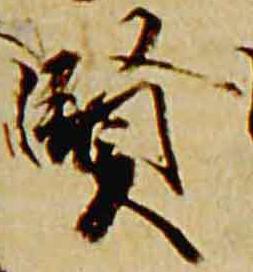
賢